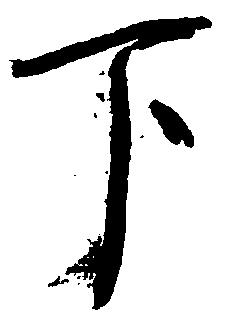
下